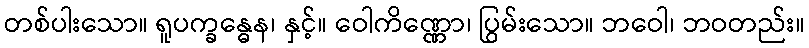
တစ်ပါးသော။ ရူပက္ခန္ဓေန၊ နှင့်။ ဝေါကိဏ္ဏော၊ ပြွမ်းသော။ ဘဝေါ၊ ဘဝတည်း။